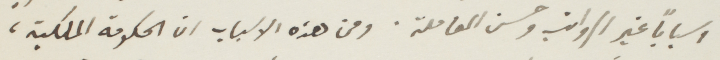
اسبابا غير الرواتب وحسن المعاملة. ومن هذه الاسباب ان الحكومة الملكية،